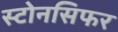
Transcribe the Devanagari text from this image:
स्टोनसिफर